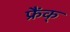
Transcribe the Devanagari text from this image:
फ्रैंक्